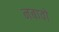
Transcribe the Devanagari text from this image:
नबावों